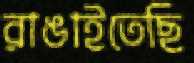
রাঙাইতেছি